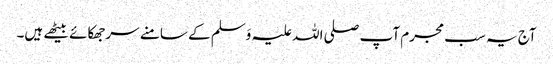
آج یہ سب مجرم آپ صلی اللہ علیہ وَسلم کے سامنے سرجھکائے بیٹھے ہیں۔